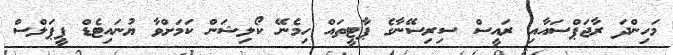
މަހިންދަ ރާޖަޕްސައާއި ރައީސް ސިރިސޭނާގެ ޕާޓީތައް ހިމެނޭ ކޯލިޝަން ކަމަށްވާ ޔުނައިޓެޑް ޕީޕަލްސް